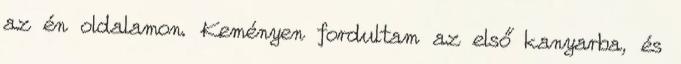
az én oldalamon. Keményen fordultam az első kanyarba, és